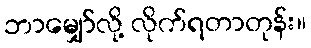
ဘာမျှော်လို့ လိုက်ရတာတုန်း။